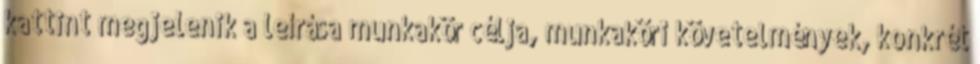
kattint megjelenik a leírása munkakör célja, munkaköri követelmények, konkrét